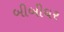
બીબીઘર